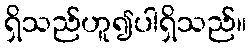
ရှိသည်ဟူ၍ပါရှိသည်။